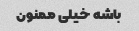
باشه خیلی ممنون